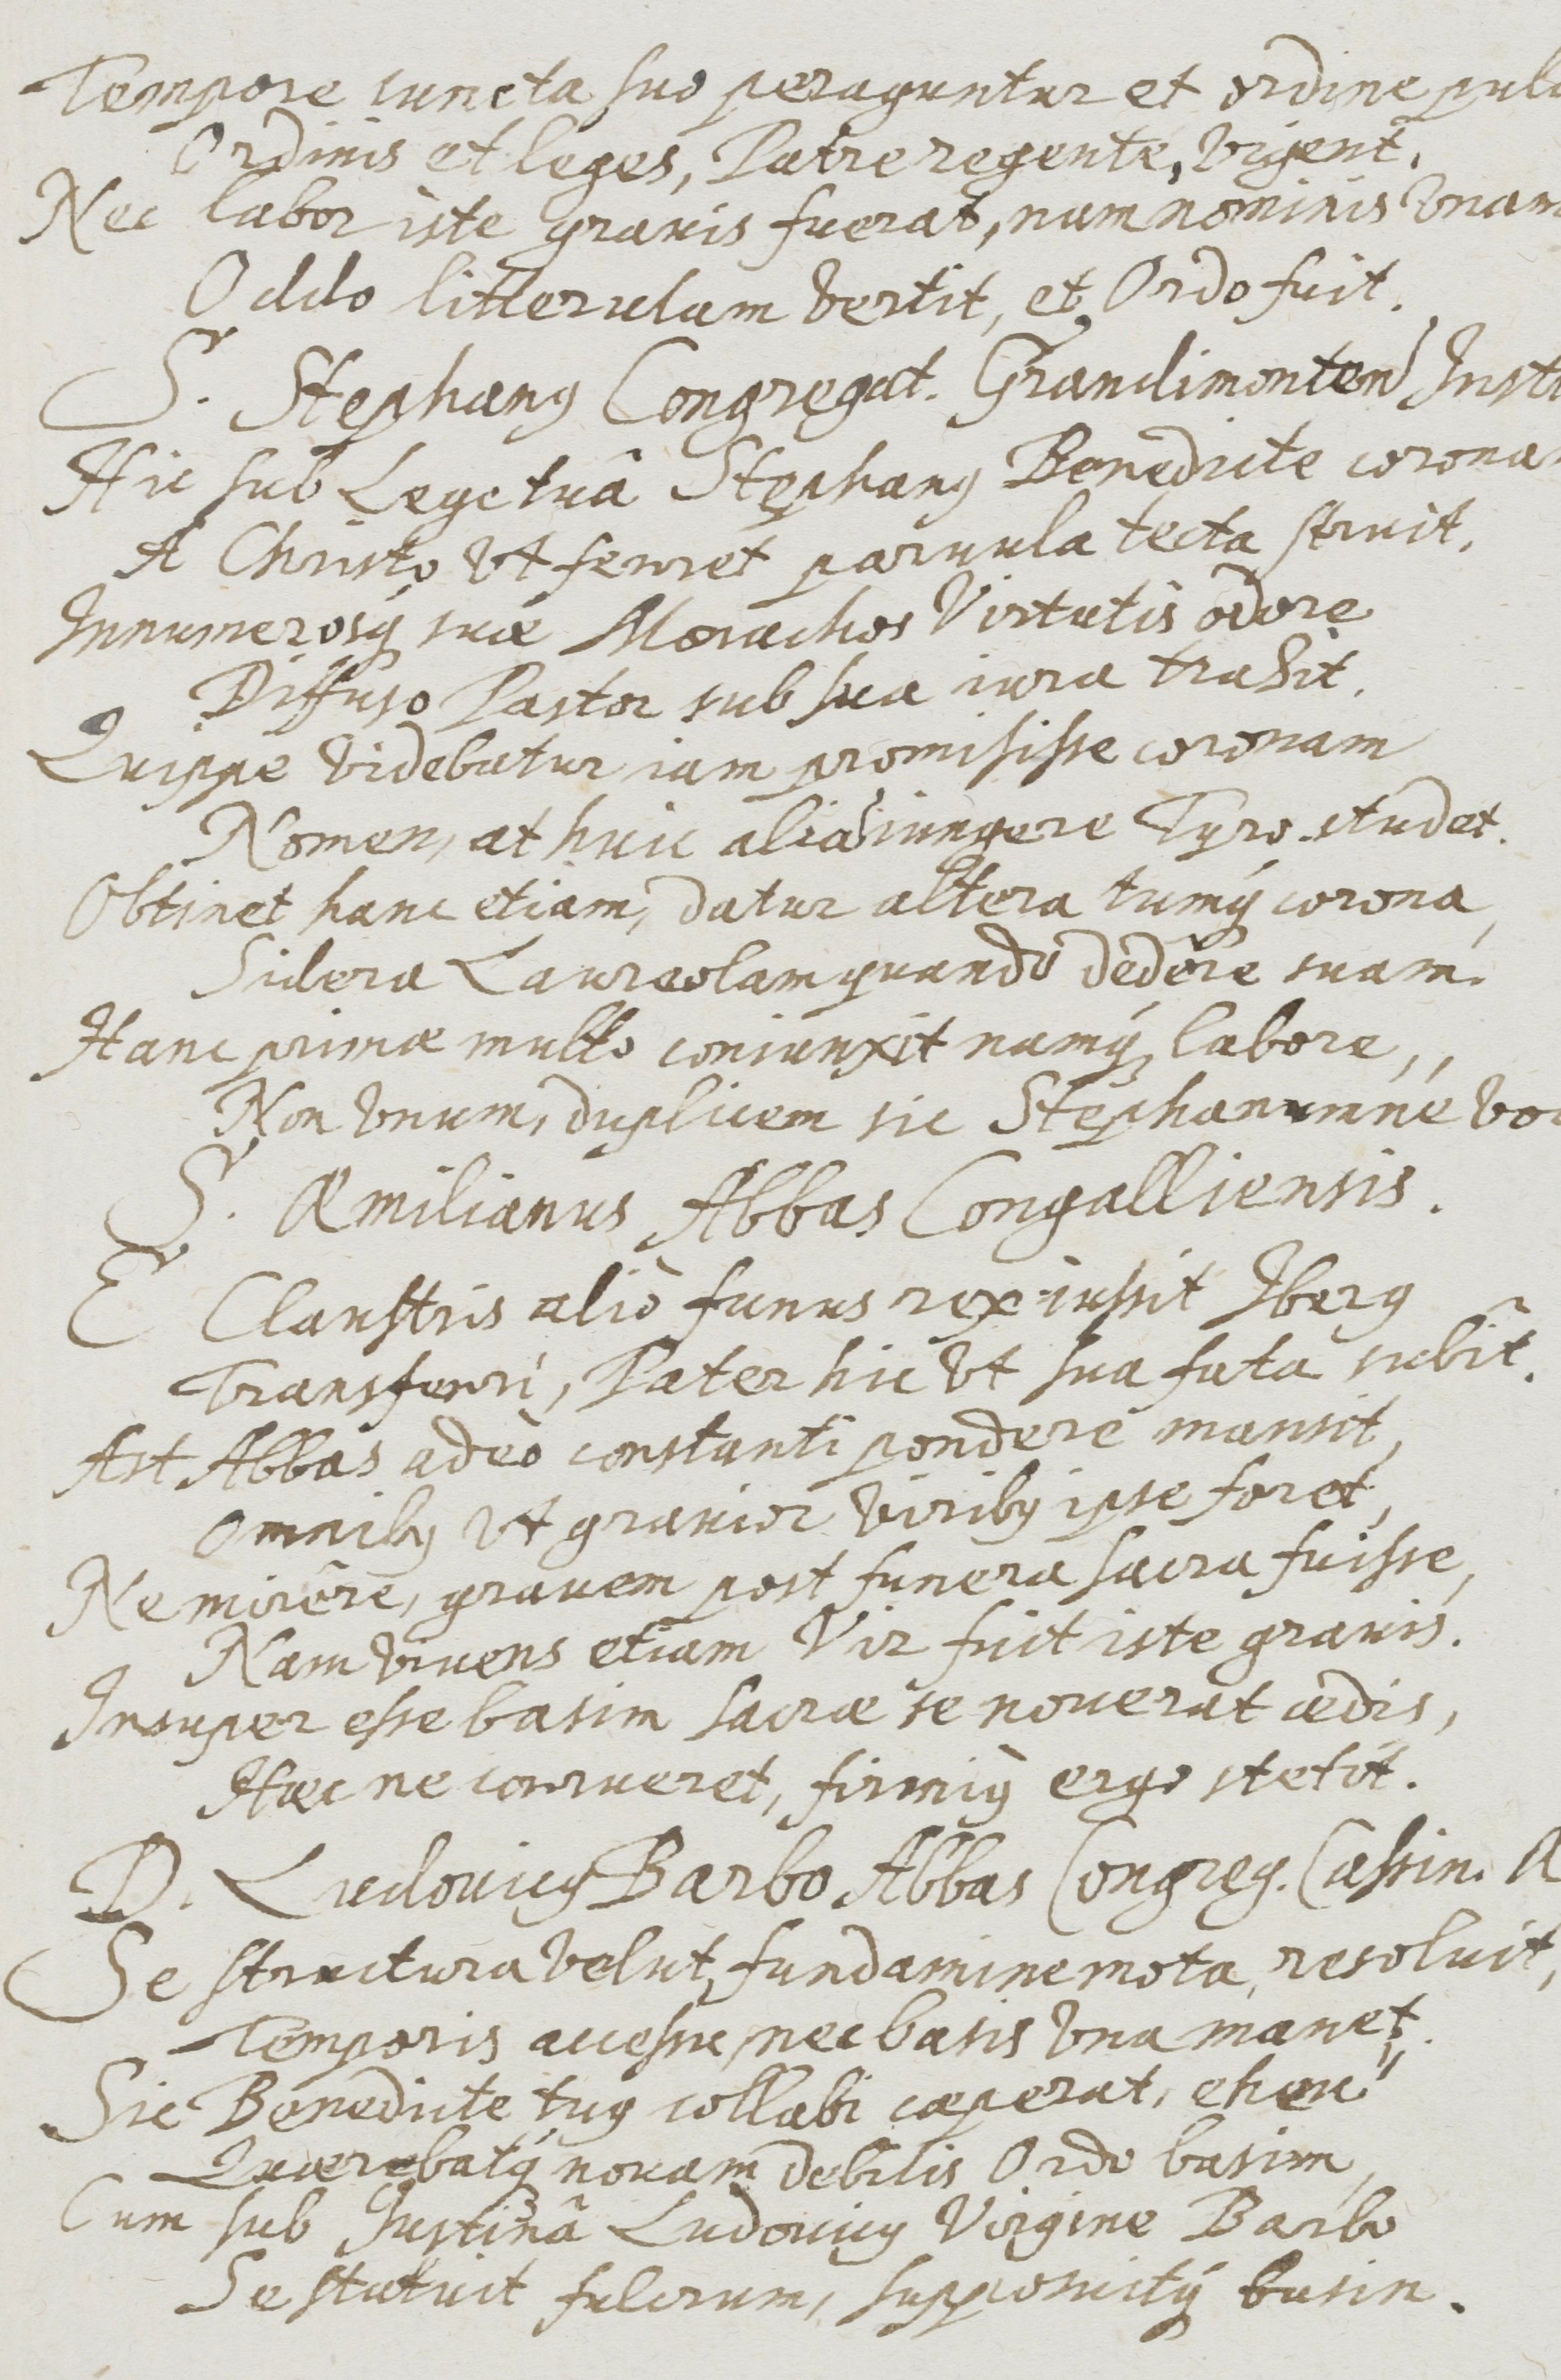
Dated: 1637–1673